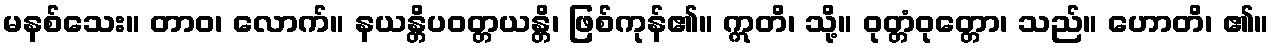
မနစ်သေး။ တာဝ၊ လောက်။ နယန္တိပဝတ္တယန္တိ၊ ဖြစ်ကုန်၏။ ဣတိ၊ သို့။ ဝုတ္တံဝုတ္တော၊ သည်။ ဟောတိ၊ ၏။